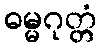
ဓမ္မဂုတ္တံ